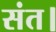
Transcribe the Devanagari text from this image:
संत।